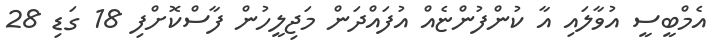
އެމްބީސީ އުވާލައި އާ ކުންފުންޏެއް އުފައްދަން މަޖިލީހުން ފާސްކޮށްފި 18 ގަޑި 28